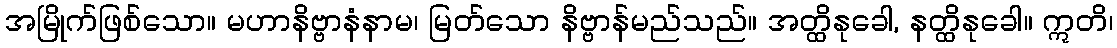
အမြိုက်ဖြစ်သော။ မဟာနိဗ္ဗာနံနာမ၊ မြတ်သော နိဗ္ဗာန်မည်သည်။ အတ္ထိနုခေါ, နတ္ထိနုခေါ။ ဣတိ၊